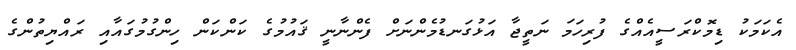
އެކަމަކު ޑިމޮކްރަސީއެއްގެ ފުރިހަމަ ނަތީޖާ އަޅުގަނޑުމެންނަށް ފެންނާނީ ޤައުމުގެ ކަންކަން ހިންގުމުގައާއި ރައްޔިތުންގެ